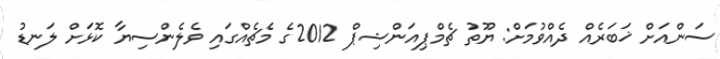
ސަންއަށް ޚަބަރެއް ދެއްވުމަށް: ޔޫތު ޗެމްޕިއަންޝިޕް 2012ގެ މެޗެއްގައި ވެލެންސިޔާ ކޮޅަށް ލަނޑު